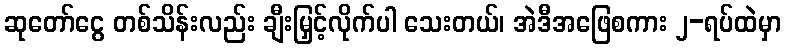
ဆုတော်ငွေ တစ်သိန်းလည်း ချီးမြှင့်လိုက်ပါ သေးတယ်၊ အဲဒီအဖြေစကား ၂-ရပ်ထဲမှာ